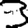
Digit: 3